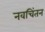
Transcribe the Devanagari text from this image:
नवचिंतन